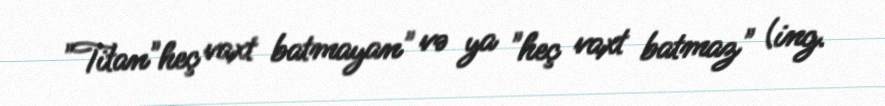
"Titan"heç vaxt batmayan" və ya "heç vaxt batmaz" (ing.